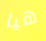
هيا